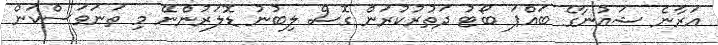
އަރާނެ ޝައުނާގެ ބައްޕަ ބޯޓު ދަތުރުކުރަން ގޮސް ލިބުނު ޑޮލަރުންނޭ މި ތަނަވަސްކަން